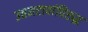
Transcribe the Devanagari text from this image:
उत्तमरावांविरुद्ध